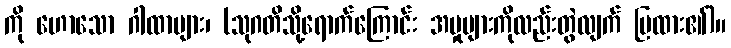
ကို ဟောသော ဂါထာများ၊ (သုဂတိသို့ရောက်ကြောင်း အမှုများကိုလည်းတွဲလျက် ပြထား၏)။